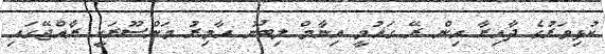
ކުޅިވަރުގެ ދާއިރާ އިން ރޭ ގައުމީ އިނާމް ލިބުނު އާމިރު މަންސޫރަކީ ރާއްޖޭގައި